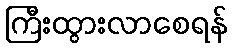
ကြီးထွားလာစေရန်